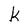
Character: k